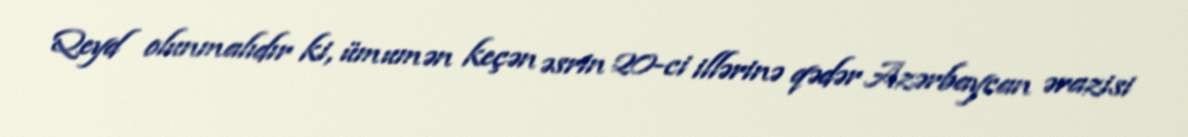
Qeyd olunmalıdır ki, ümumən keçən əsrin 20-ci illərinə qədər Azərbaycan ərazisi